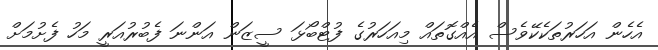
އެހެން އަހަރުތަކެކޭވެސް އެއްގޮތައް މިއަހަރުގެ ފުޓްބޯޅަ ސީޒަން އަންނަ ފެބުރުއަރީ މަހު ފެށުމަށް